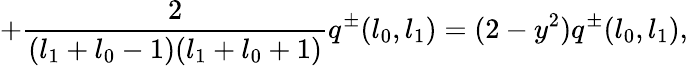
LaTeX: +\frac{2}{(l_{1}+l_{0}-1)(l_{1}+l_{0}+1)}q^{\pm}(l_{0},l_{1})=(2-y^{2})q^{\pm}(l_{0},l_{1}),